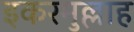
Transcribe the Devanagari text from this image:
इकरमुल्लाह